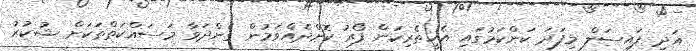
އަދި ފައިސަލް މިފަދަ ކަންކަމުގައި އެހީތެރިކަން ފޯރު ކޮށްދެއްވަމުން ގެންދަވާ މަސައްކަތްތަކަށް ޝުކުރު